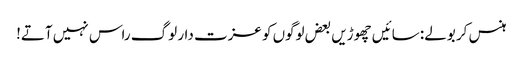
ہنس کر بولے: سائیں چھوڑیں بعض لوگوں کو عزت دار لوگ راس نہیں آتے!